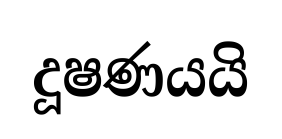
දූෂණයයි